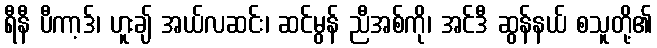
ရီနီ ပီကာ့ဒ်၊ ဟူးချ် အယ်လဆင်း၊ ဆင်မွန် ညီအစ်ကို၊ အင်ဒီ ဆွန်နယ် စသူတို့၏